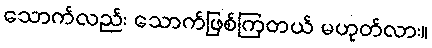
သောက်လည်း သောက်ဖြစ်ကြတယ် မဟုတ်လား။